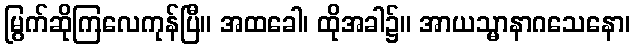
မြွက်ဆိုကြလေကုန်ပြီ။ အထခေါ၊ ထိုအခါ၌။ အာယသ္မာနာဂသေနော၊